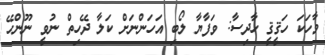
ވާހަކަ ހަޤީޤީ ހާދިސާ: ވަފާޔާ ލޯބި އަހަންނަށް ކަލާ ދޭހިތް ނުވީ ނޫންހޭ